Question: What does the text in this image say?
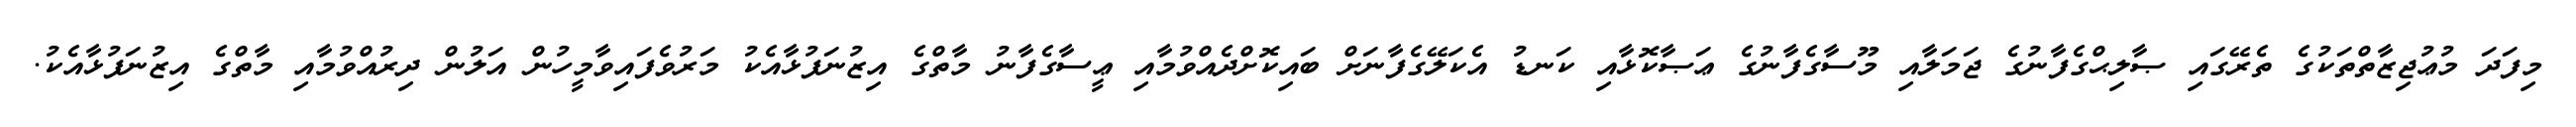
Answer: މިފަދަ މުޢުޖިޒާތްތަކުގެ ތެރޭގައި ޞާލިޙްގެފާނުގެ ޖަމަލާއި މޫސާގެފާނުގެ ޢަޞާކޮޅާއި ކަނޑު އެކަލޭގެފާނަށް ބައިކޮށްދެއްވުމާއި ޢީސާގެފާނު މާތްގެ އިޒުނަފުޅާއެކު މަރުވެފައިވާމީހުން އަލުން ދިރުއްވުމާއި މާތްގެ އިޒުނަފުޅާއެކު.